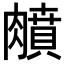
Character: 𦡛